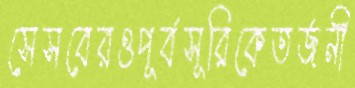
সেসবেরওপূর্বসূরিকেতর্জনী